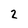
Character: 2